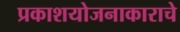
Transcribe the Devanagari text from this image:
प्रकाशयोजनाकाराचे